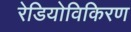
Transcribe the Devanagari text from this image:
रेडियोविकिरण